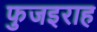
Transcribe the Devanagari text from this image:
फुजइराह